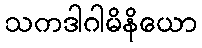
သကဒါဂါမိနိယော